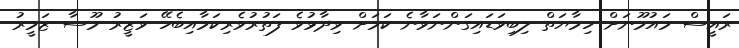
ރައީސް މައުމޫނަށް ހިމާޔަތް ލިބިވަޑައިގަންނަވާނެ ކަމަށް ވިދާޅުވެ ފަތުރުވެރިކަމާއިބެހޭ ވަޒީރު މޫސާ ޒަމީރު